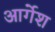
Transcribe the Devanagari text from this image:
आर्गेश